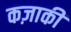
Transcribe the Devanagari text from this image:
कज़ाकी